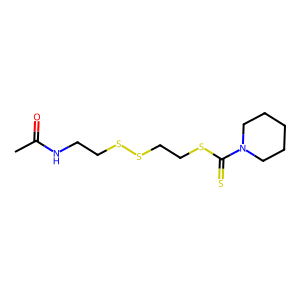
SMILES: CC(=O)NCCSSCCSC(=S)N1CCCCC1
Inhibits HIV replication: No